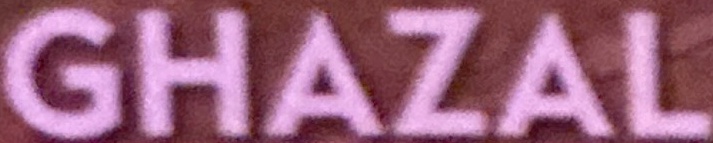
GHAZAL